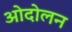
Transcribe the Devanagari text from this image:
ओदोलन